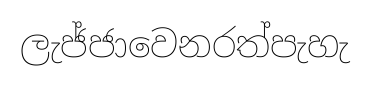
ලැජ්ජාවෙනරත්පැහැ